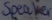
Text: Speaker